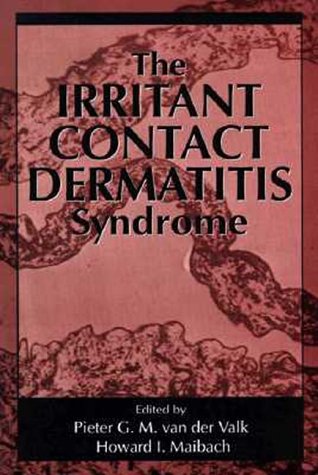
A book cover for The Irritant Contact Dermatitis Syndrome (Dermatology: Clinical & Basic Science); Health, Fitness & Dieting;